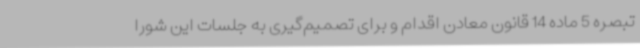
تبصره 5 ماده 14 قانون معادن اقدام و برای تصمیم‌گیری به جلسات این شورا